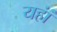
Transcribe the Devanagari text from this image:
यहांं